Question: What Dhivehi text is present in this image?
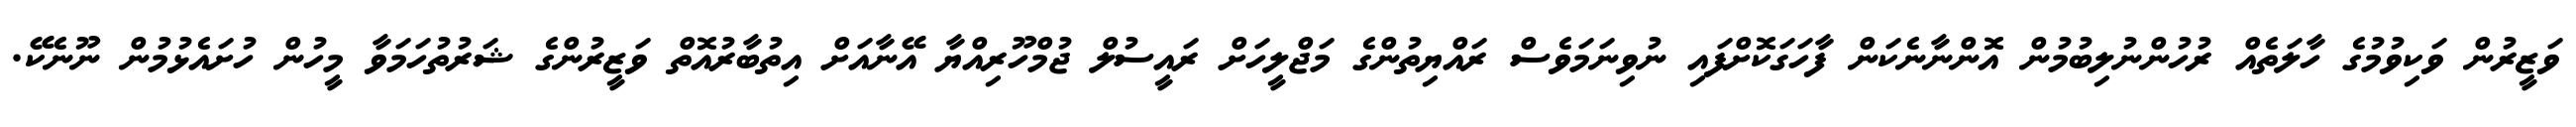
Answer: ވަޒީރުން ވަކިވުމުގެ ހާލަތެއް ރުހުންނުލިބުމުން އޮންނާނެކަން ފާހަގަކޮށްފައި ނުވިނަމަވެސް ރައްޔިތުންގެ މަޖްލީހަށް ރައީސުލް ޖުމްހޫރިއްޔާ އޭނާއަށް އިތުބާރުއޮތް ވަޒީރުންގެ ޝަރުތުހަމަވާ މީހުން ހުށައެޅުމުން ނޫނެކޭ.